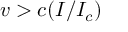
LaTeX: v > c ( I / I _ { c } )